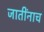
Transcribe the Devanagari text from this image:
जातींनाच